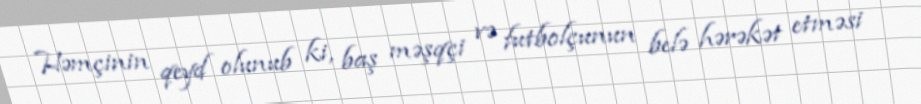
Həmçinin qeyd olunub ki, baş məşqçi və futbolçunun belə hərəkət etməsi